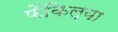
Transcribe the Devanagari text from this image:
फेंकिल्या